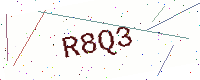
Text: R8Q3